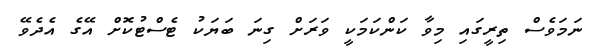
ނަމަވެސް ތިރީގައި މިވާ ކަންކަަމަކީ ވަރަށް ގިނަ ބަޔަކު ޓެސްޓުކޮށް އޭގެ އެދެވޭ